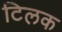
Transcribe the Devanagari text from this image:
टिलक